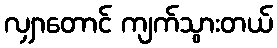
လျှာတောင် ကျက်သွားတယ်